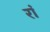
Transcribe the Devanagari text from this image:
रां